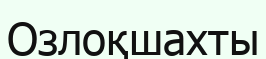
Озлоқшахты